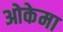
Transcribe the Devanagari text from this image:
ओकेमा